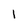
Character: I